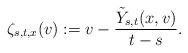
LaTeX: \begin{align*} \zeta_{s,t,x}(v) := v - \frac{\tilde Y_{s,t}(x,v)}{t-s}.\end{align*}